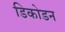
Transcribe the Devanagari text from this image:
डिकोडन